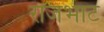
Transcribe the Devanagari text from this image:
राजभाट